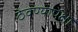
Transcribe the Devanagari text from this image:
ठेवण्यापेक्षा